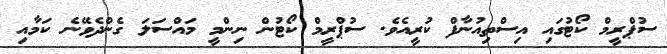
ސުޕްރީމް ކޯޓުގައި އިސްތިއުނާފް ކުރީއެވެ. ސުޕްރީމް ކޯޓުން ނިންމީ މައްސަލަ ގެންދެވޭނެ ކަމާއި